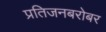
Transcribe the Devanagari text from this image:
प्रतिजनबरोबर